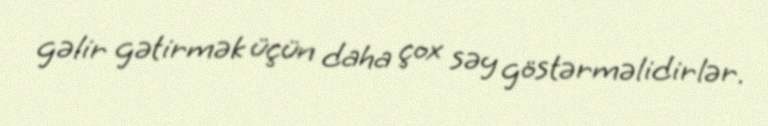
gəlir gətirmək üçün daha çox səy göstərməlidirlər.